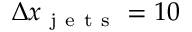
\Delta x _ { \mathrm { ~ j ~ e ~ t ~ s ~ } } = 1 0